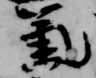
気